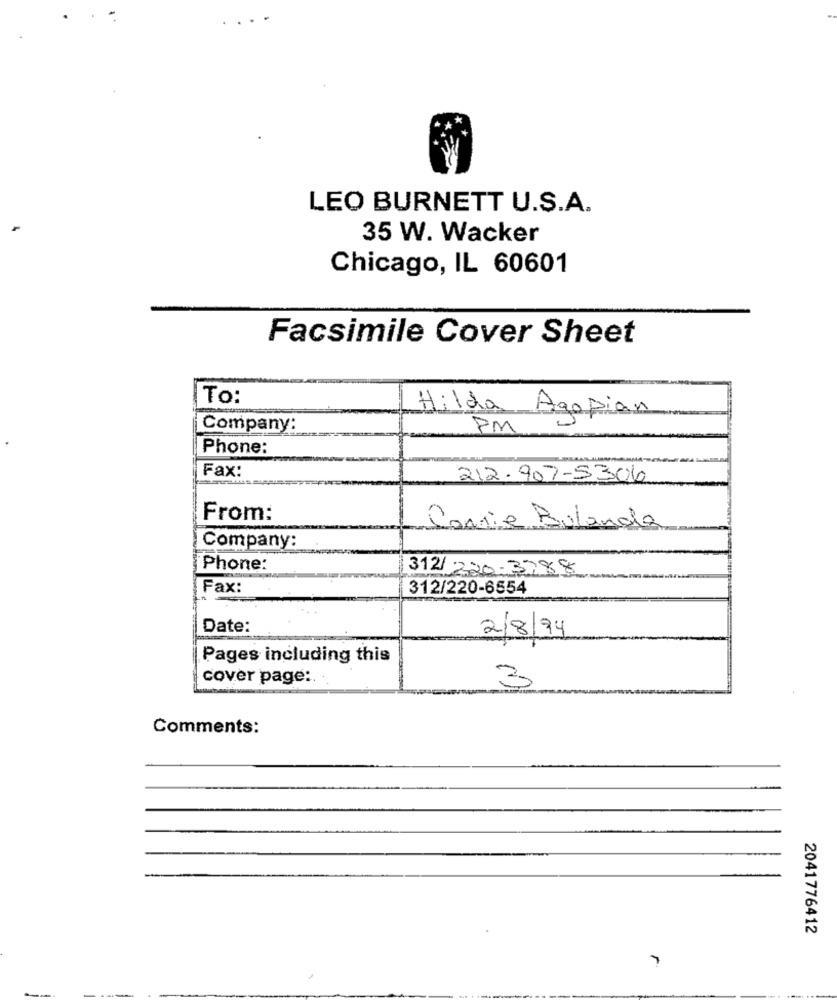
LEO BURNETT U.S.A.
35 W. Wacker
Chicago, IL 60601
Facsimile Cover Sheet
ITo:
Hilda Agopian
Company:
PM
Phone:
Fax:
212.907-5306
From:
Connie Bulanda
Company:
Phone:
312/ 220-3788
Fax:
312/220-6554
Date:
2/8/94
Pages including this
cover page :.
3
Comments:
2041776412